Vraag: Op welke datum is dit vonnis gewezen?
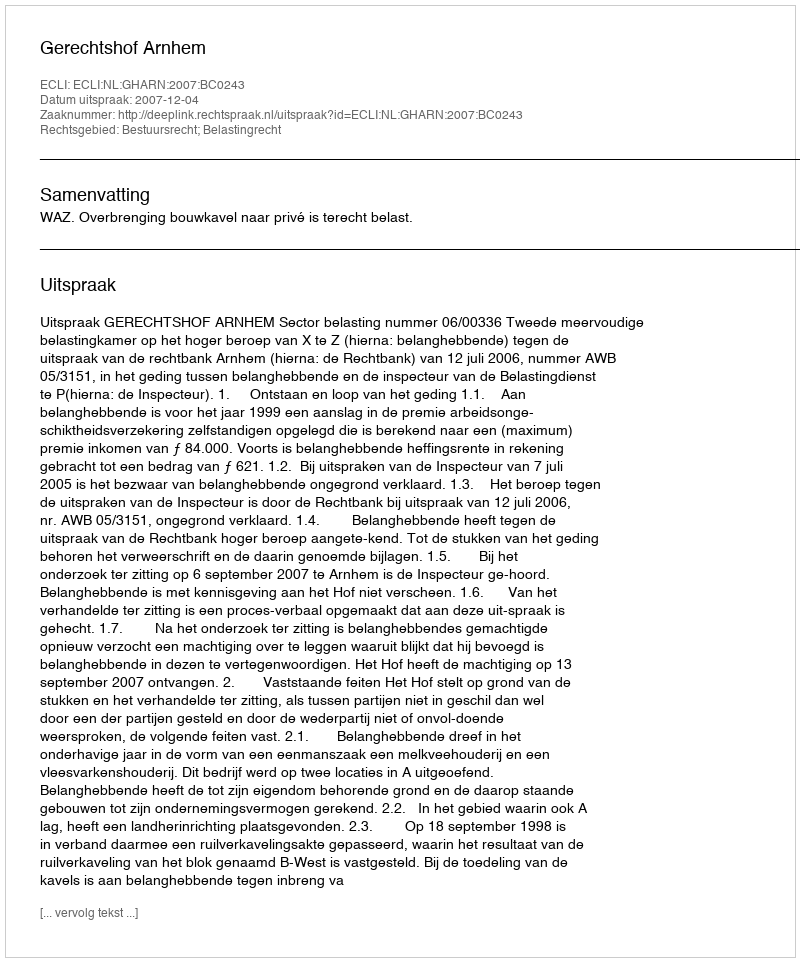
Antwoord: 2007-12-04